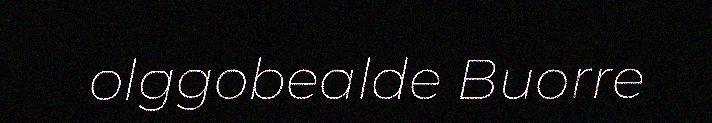
olggobealde Buorre